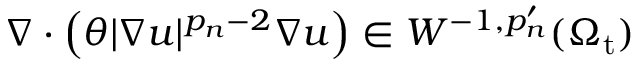
\nabla \cdot \left( \theta | \nabla u | ^ { p _ { n } - 2 } \nabla u \right) \in W ^ { - 1 , p _ { n } ^ { \prime } } ( \Omega _ { \mathrm { t } } )